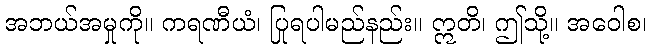
အဘယ်အမှုကို။ ကရဏီယံ၊ ပြုရပါမည်နည်း။ ဣတိ၊ ဤသို့။ အဝေါစ၊